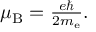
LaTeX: \textstyle \mu _ { \mathrm { B } } = { \frac { e \hbar } { 2 m _ { \mathrm { e } } } } .